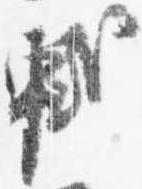
軾